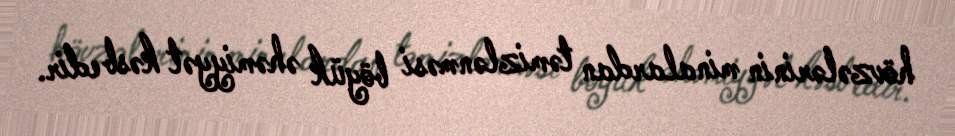
hövzələrinin minalardan təmizlənməsi böyük əhəmiyyət kəsb edir.